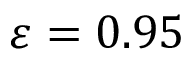
\varepsilon = 0 . 9 5